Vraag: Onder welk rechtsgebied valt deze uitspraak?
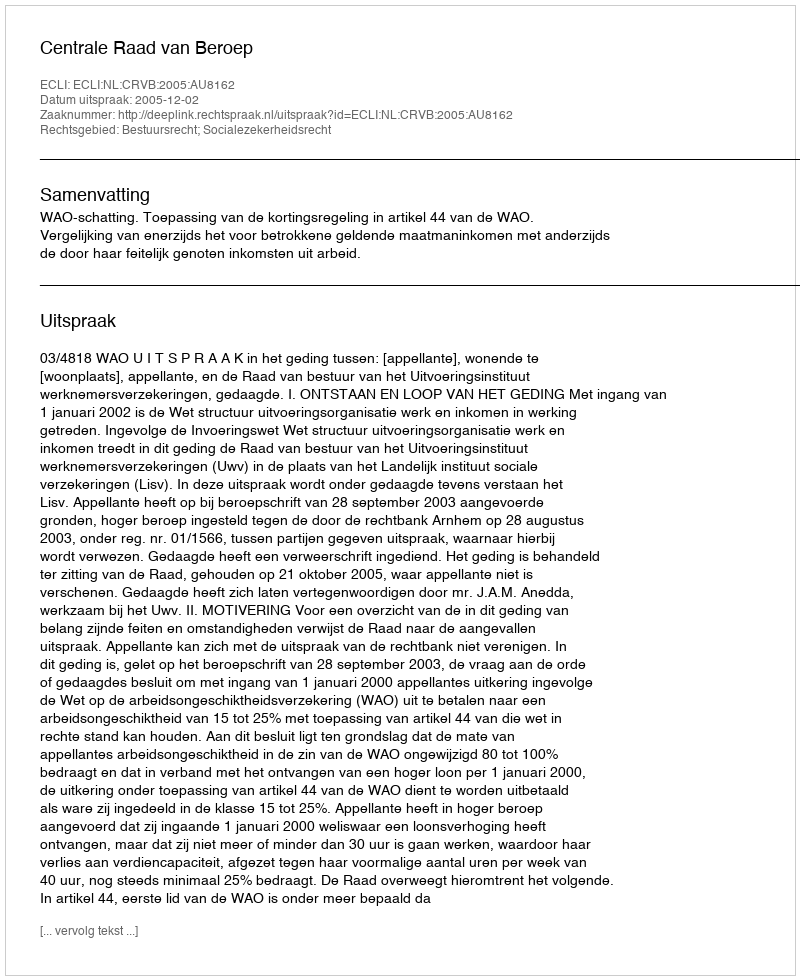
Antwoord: Bestuursrecht; Socialezekerheidsrecht